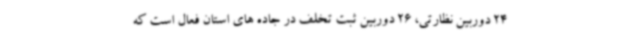
24 دوربین نظارتی، 26 دوربین ثبت تخلف در جاده های استان فعال است که